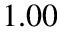
1 . 0 0